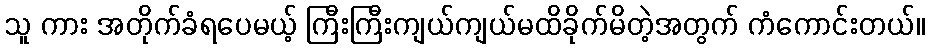
သူ ကား အတိုက်ခံရပေမယ့် ကြီးကြီးကျယ်ကျယ်မထိခိုက်မိတဲ့အတွက် ကံကောင်းတယ်။